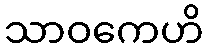
သာဝကေဟိ